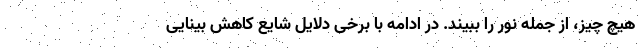
هیچ چیز، از جمله نور را ببیند. در ادامه با برخی دلایل شایع کاهش بینایی